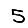
Digit: 5